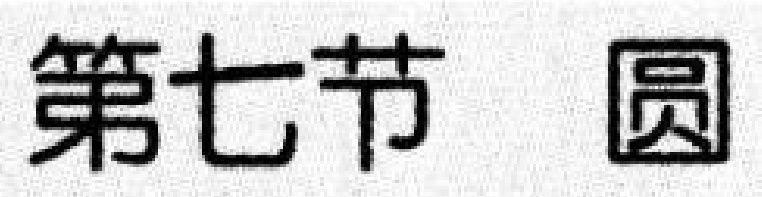
第七节 圆